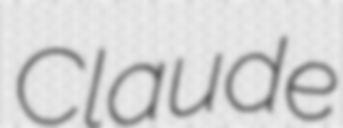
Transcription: Claude